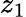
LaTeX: z_{1}